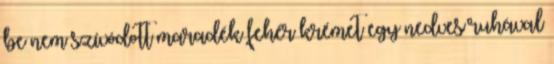
be nem szívódott maradék fehér krémet egy nedves ruhával